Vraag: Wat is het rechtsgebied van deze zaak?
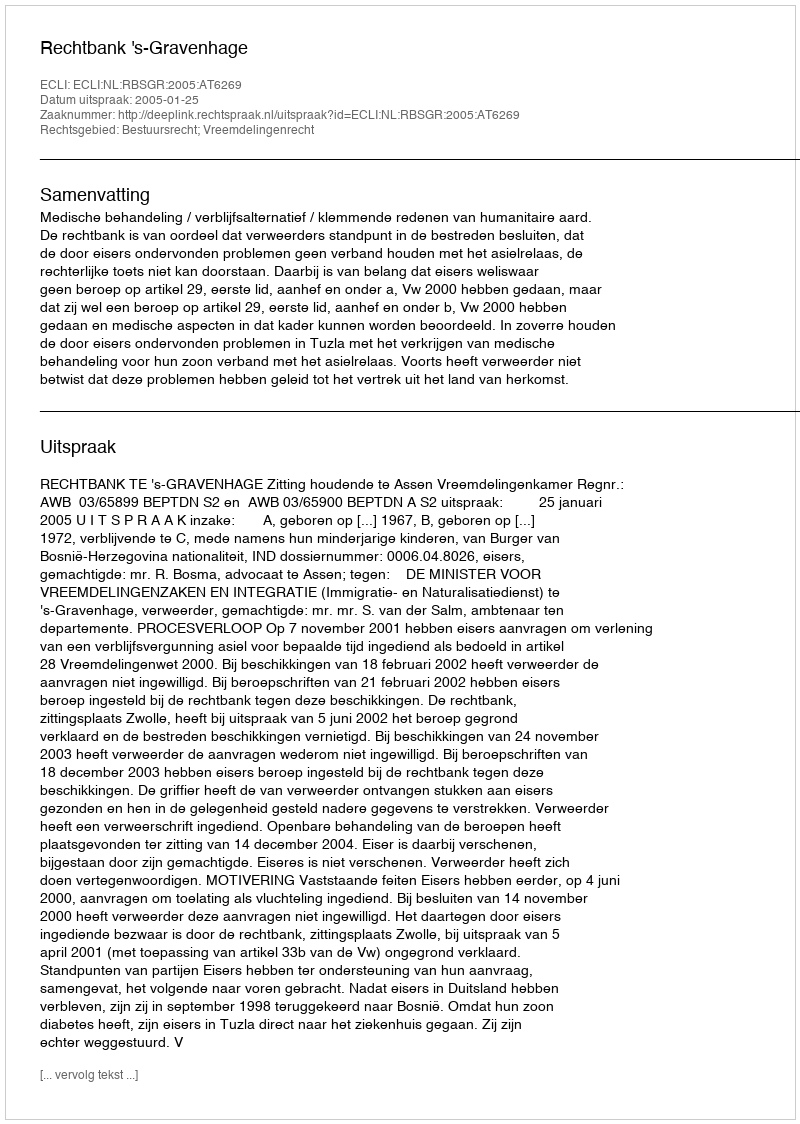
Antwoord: Bestuursrecht; Vreemdelingenrecht